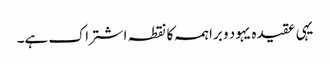
یہی عقیدہ یہود و براہمہ کا نقطہ اشتراک ہے۔